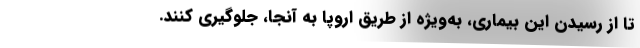
تا از رسیدن این بیماری، به‌ویژه از طریق اروپا به آنجا، جلوگیری کنند.